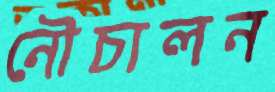
নৌচালন